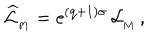
LaTeX: \widehat { \cal L } _ { _ \mathrm { M } } = \mathrm { e } ^ { { ( \mathrm { q + 1 ) } } \sigma } \, { \cal L } _ { _ \mathrm { M } } \, ,